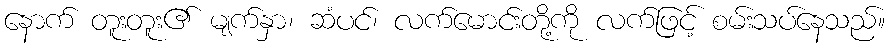
နောက် တူးတူး၏ မျက်နှာ၊ ဆံပင်၊ လက်မောင်းတို့ကို လက်ဖြင့် စမ်းသပ်နေသည်။